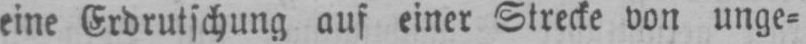
eine Erdrutschung auf einer Strecke von unge⸗